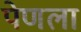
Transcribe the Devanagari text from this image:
पेणला